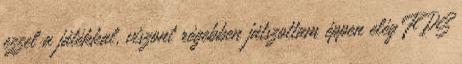
ezzel a játékkal, viszont régebben játszottam éppen elég FPS